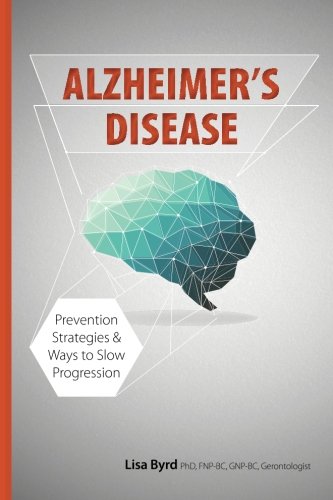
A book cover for Alzheimer's Disease: Prevention Strategies & Ways to Slow Progression; Lisa Byrd; Medical Books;